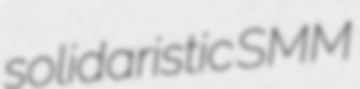
solidaristic SMM